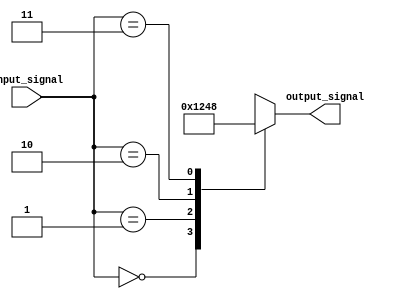
module gen_case_block (
    input wire [1:0] input_signal,
    output reg [3:0] output_signal
);

    reg [3:0] temp_output;

    always @*
    begin
        case (input_signal)
            2'b00: temp_output = 4'b0001;
            2'b01: temp_output = 4'b0010;
            2'b10: temp_output = 4'b0100;
            2'b11: temp_output = 4'b1000;
            default: temp_output = 4'b0000;
        endcase
    end

    always @*
    begin
        output_signal = temp_output;
    end

endmodule